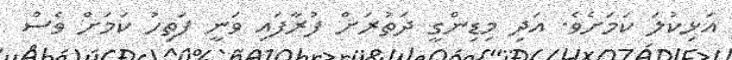
އަޅިކުލަ ކަމަށެވެ. އަދި މިޑިންގީ ދަތުރަށް ފުރާފައި ވަނީ ފަތިހު ކަމަށް ވެސް